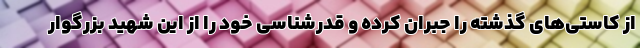
از کاستی‌های گذشته را جبران کرده و قدرشناسی خود را از این شهید بزرگوار